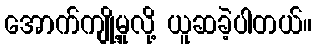
အောက်ကျို့မှုလို့ ယူဆခဲ့ပါတယ်။